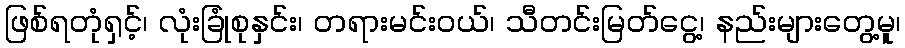
ဖြစ်ရတုံရှင့်၊ လုံးခြုံစုနှင်း၊ တရားမင်းဝယ်၊ သီတင်းမြတ်ငွေ့၊ နည်းများတွေ့မူ၊